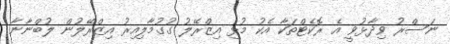
ނަސްރު ވިދާޅުވީ އެ ރޮކެޓްތަކާ އެކު މުޅި އިޒްރޭލު ގުގުމާލިއިރު އިޒްރޭލުން ލުބްނާނާ